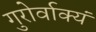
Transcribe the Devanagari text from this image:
गुरोर्वाक्यं